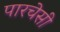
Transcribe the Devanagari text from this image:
पारचेसी